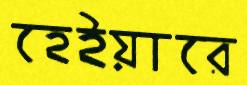
হেইয়ারে